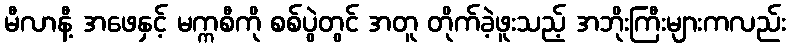
မီလာနီ့ အဖေနှင့် မက္ကစီကို စစ်ပွဲတွင် အတူ တိုက်ခဲ့ဖူးသည့် အဘိုးကြီးများကလည်း